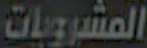
المشروبات